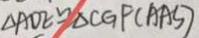
\Delta A D E \cong \Delta C G F ( A A S )